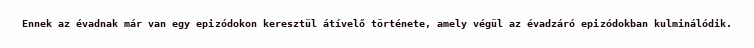
Ennek az évadnak már van egy epizódokon keresztül átívelő története, amely végül az évadzáró epizódokban kulminálódik.